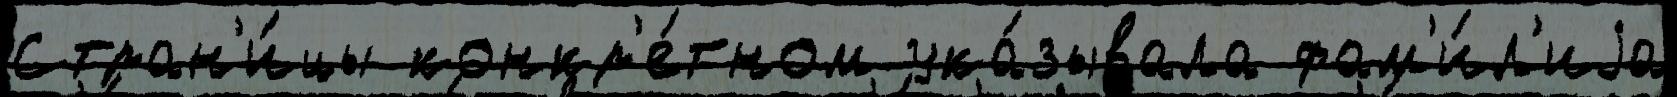
Стран'и́цы конкр'е́тном ука́зывала фам'и́л'иjа